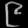
Digit: ၉